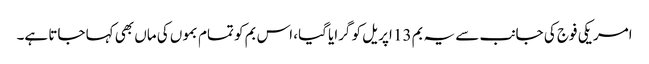
امریکی فوج کی جانب سے یہ بم 13 اپریل کو گرایا گیا، اس بم کو تمام بموں کی ماں بھی کہا جاتا ہے۔